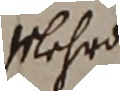
Mehr